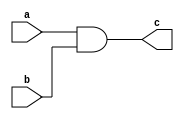
module AndGate(a,b,c) ;  // 2 

output c ;
input a,b ;
wire x ;

nand(x,a,b);
nand(c,x,x) ;

endmodule